kultuurilooline_kollektsioon, lk 118
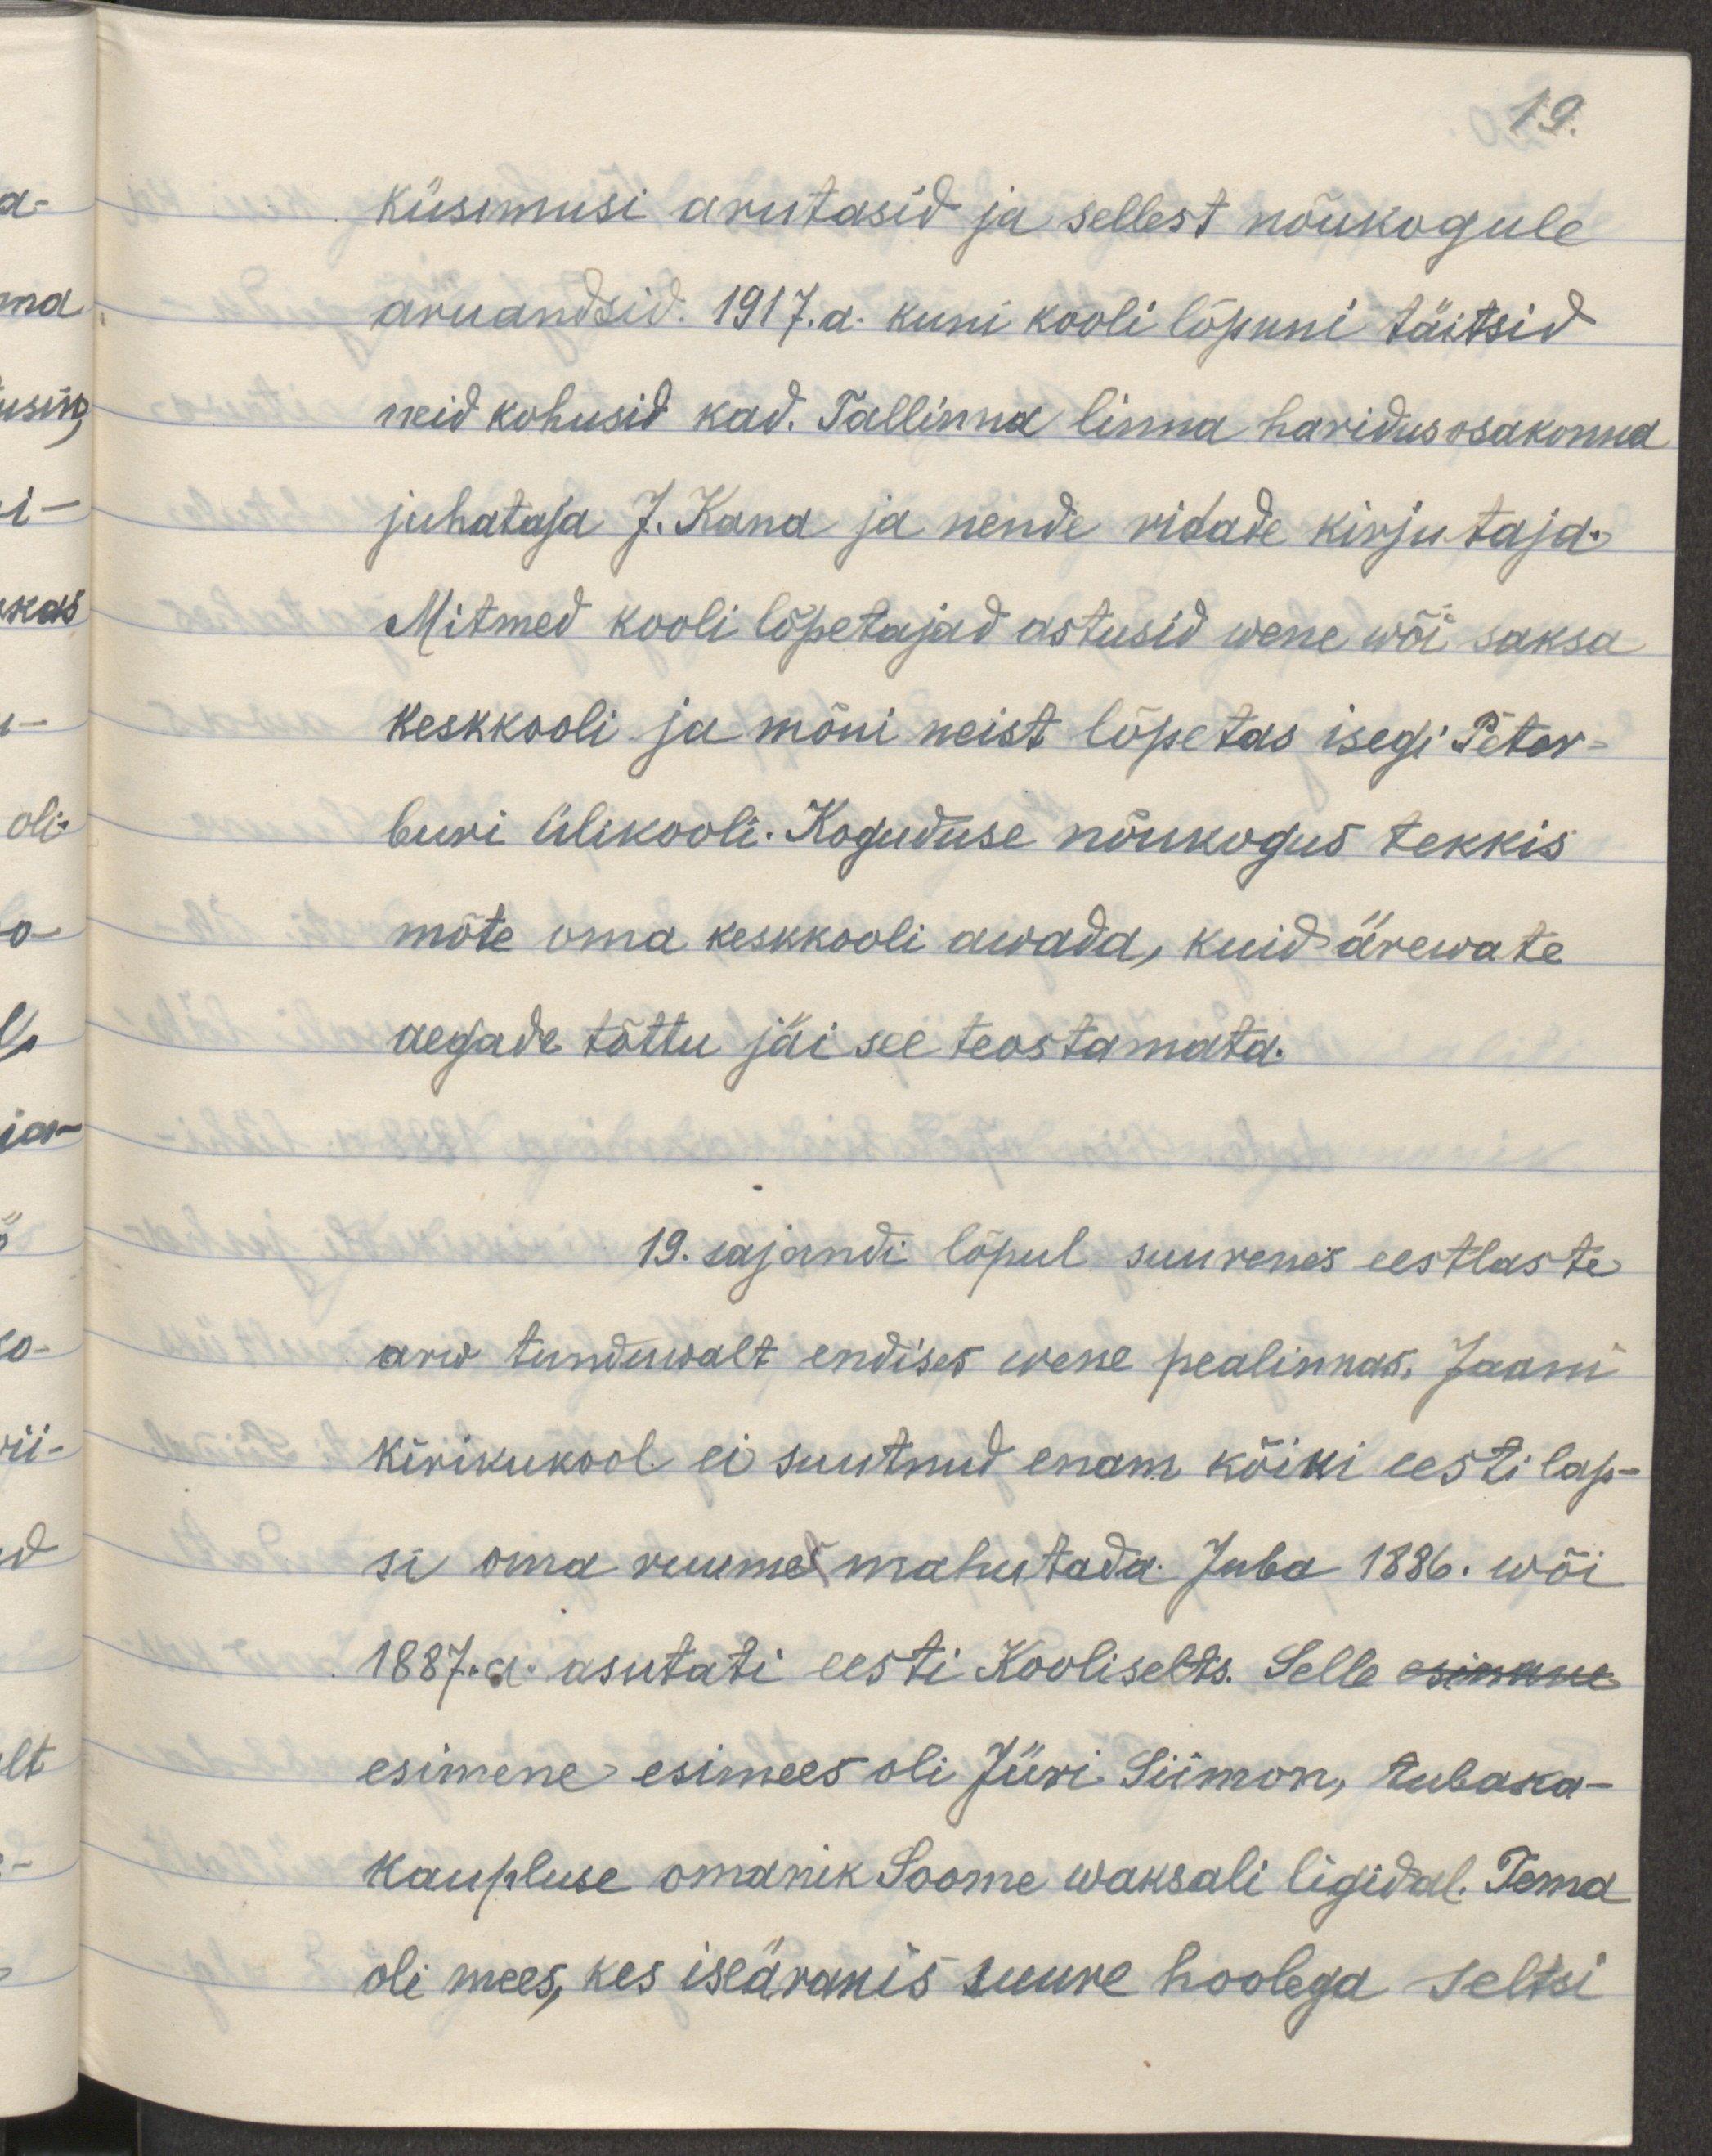
19.
Küsimusi arutasid ja selleks nõukogule
aruandsid. 1917. a. kuni kooli lõpuni täitsid
neid kohusid kad. Tallinna linna haridus osakonna
juhataja J. Kand ja nende ridade kirjutaja.
Mitmed kooli lõpetajad astusid wene wõi saksa
keskkooli ja mõni neist lõpetas isegi Peter-
buri ülikooli. Koguduse nõukogus tekkis
mõte oma keskkooli awada, kuid ärewate 
aegade tõttu jäi see teostamata.
19. sajandi lõpul suurenes eestlaste
arw tuntawalt endises wene pealinnas. Jaani 
kirikukool ei suutnud enam kõiki eesti lap-
si oma ruumes mahutada. Juba 1886. wõi
1887. a asutati eesti Kooliselts. Selle esimene 
esimene esimees oli Jüri Siimon, tubaka-
kaupluse omanik Soome waksali ligidal. Tema
oli mees, kes iseäranis suure hoolega seltsi